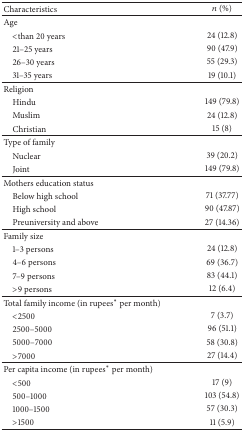
<table><thead><tr><td><b>Characteristics</b></td><td><b><i>n</i> (%)</b></td></tr></thead><tbody><tr><td>Age</td><td> </td></tr><tr><td> &lt;than 20 years</td><td>24 (12.8)</td></tr><tr><td> 21–25 years</td><td>90 (47.9)</td></tr><tr><td> 26–30 years</td><td>55 (29.3)</td></tr><tr><td> 31–35 years</td><td>19 (10.1)</td></tr><tr><td>Religion</td><td> </td></tr><tr><td> Hindu</td><td>149 (79.8)</td></tr><tr><td> Muslim</td><td>24 (12.8)</td></tr><tr><td> Christian</td><td>15 (8)</td></tr><tr><td>Type of family</td><td> </td></tr><tr><td> Nuclear</td><td>39 (20.2)</td></tr><tr><td> Joint</td><td>149 (79.8)</td></tr><tr><td>Mothers education status</td><td> </td></tr><tr><td> Below high school</td><td>71 (37.77)</td></tr><tr><td> High school</td><td>90 (47.87)</td></tr><tr><td> Preuniversity and above</td><td>27 (14.36)</td></tr><tr><td>Family size</td><td> </td></tr><tr><td> 1–3 persons</td><td>24 (12.8)</td></tr><tr><td> 4–6 persons</td><td>69 (36.7)</td></tr><tr><td> 7–9 persons</td><td>83 (44.1)</td></tr><tr><td> &gt;9 persons</td><td>12 (6.4)</td></tr><tr><td>Total family income (in rupees<sup><i>∗</i></sup> per month)</td><td> </td></tr><tr><td> &lt;2500</td><td>7 (3.7)</td></tr><tr><td> 2500–5000</td><td>96 (51.1)</td></tr><tr><td> 5000–7000</td><td>58 (30.8)</td></tr><tr><td> &gt;7000</td><td>27 (14.4)</td></tr><tr><td>Per capita income (in rupees<sup><i>∗</i></sup> per month)</td><td> </td></tr><tr><td> &lt;500</td><td>17 (9)</td></tr><tr><td> 500–1000</td><td>103 (54.8)</td></tr><tr><td> 1000–1500</td><td>57 (30.3)</td></tr><tr><td> &gt;1500</td><td>11 (5.9)</td></tr></tbody></table>